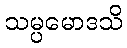
သမ္ပမောဒသိ